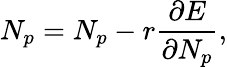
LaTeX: N_{p}=N_{p}-r\frac{\partial E}{\partial N_{p}},